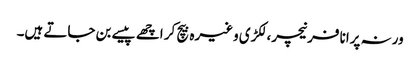
ورنہ پرانا فرنیچر، لکڑی وغیرہ بیچ کر اچھے پیسے بن جاتے ہیں۔